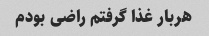
هربار غذا گرفتم راضی بودم